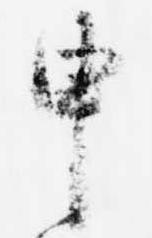
申